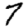
Digit: 7